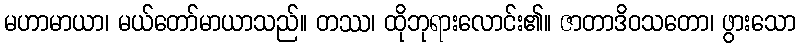
မဟာမာယာ၊ မယ်တော်မာယာသည်။ တဿ၊ ထိုဘုရားလောင်း၏။ ဇာတာဒိဝသတော၊ ဖွားသော